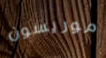
موريسون